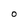
Character: 0